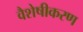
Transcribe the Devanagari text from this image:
वैशेषीकरण